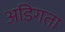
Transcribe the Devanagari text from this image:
अडिगता